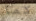
كما